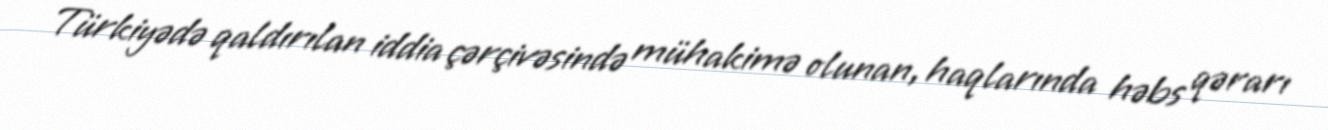
Türkiyədə qaldırılan iddia çərçivəsində mühakimə olunan, haqlarında həbs qərarı